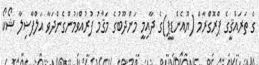
ގެ ތަރައްޤީގެ ޕްރޮގްރާމް (ޔޫއެންޑީޕީ)ގެ ދާއިމީ މަންދޫބުގެ މަޤާމު ފުރުއްވަމުންގެންދަވާ އަލްފާޟިލާ ޝޯކޯ